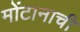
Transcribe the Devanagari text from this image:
मोंटानाची